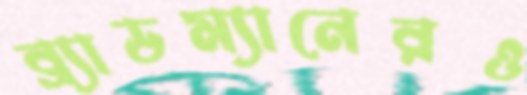
ব্র্যাডম্যানেরও